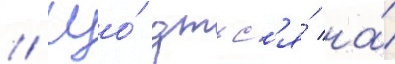
// Що́ дтьс'я́ на́